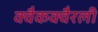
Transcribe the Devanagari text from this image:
क्वैकक्वैरली